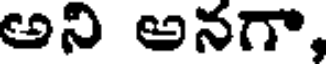
అని అనగా,